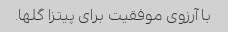
با آرزوی موفقیت برای پیتزا گلها.